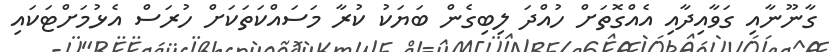
ގާނޫނާއި ގަވާއިދާއި އެއްގޮތަށް ހުއްދަ ލިބިގެން ބަޔަކު ކުރާ މަސައްކަތަކަށް ހުރަސް އެޅުމަށްޓަކައި